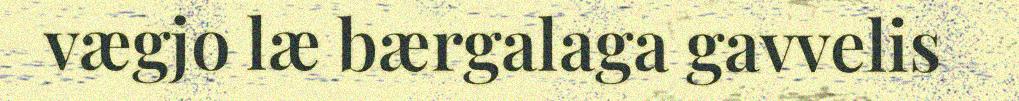
vægjo læ bærgalaga gavvelis